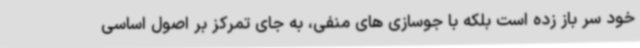
خود سر باز زده است بلکه با جوسازی های منفی، به جای تمرکز بر اصول اساسی